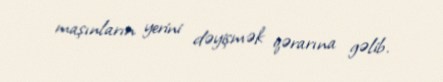
maşınların yerini dəyişmək qərarına gəlib.